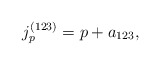
\begin{align*}j_p^{(123)} = p + a_{123},\end{align*}